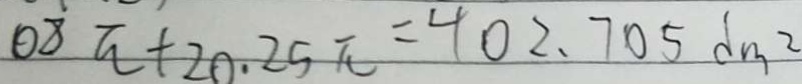
0 8 \pi + 2 0 . 2 5 \pi = 4 0 2 . 7 0 5 d m ^ { 2 }